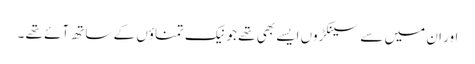
اور ان میں سے سینکڑوں ایسے بھی تھے جو نیک تمناؤں کے ساتھ آئے تھے ۔